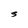
Character: S